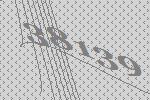
38139